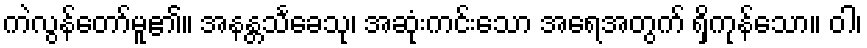
ကဲလွန်တော်မူ၏။ အနန္တသင်္ခေသု၊ အဆုံးကင်းသော အရေအတွက် ရှိကုန်သော။ ဝါ၊